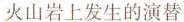
火山岩上发生的演替